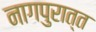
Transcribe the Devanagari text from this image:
नागपुरात्त